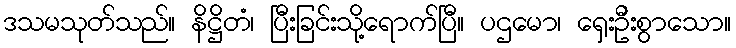
ဒသမသုတ်သည်။ နိဋ္ဌိတံ၊ ပြီးခြင်းသို့ရောက်ပြီ။ ပဌမော၊ ရှေးဦးစွာသော။